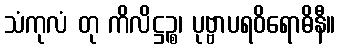
သံကုလံ တု ကိလိဋ္ဌဉ္စ၊ ပုဗ္ဗာပရဝိရောဓိနီ။